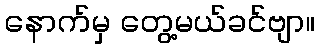
နောက်မှ တွေ့မယ်ခင်ဗျာ။